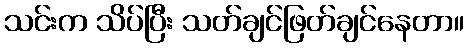
သင်းက သိပ်ပြီး သတ်ချင်ဖြတ်ချင်နေတာ။